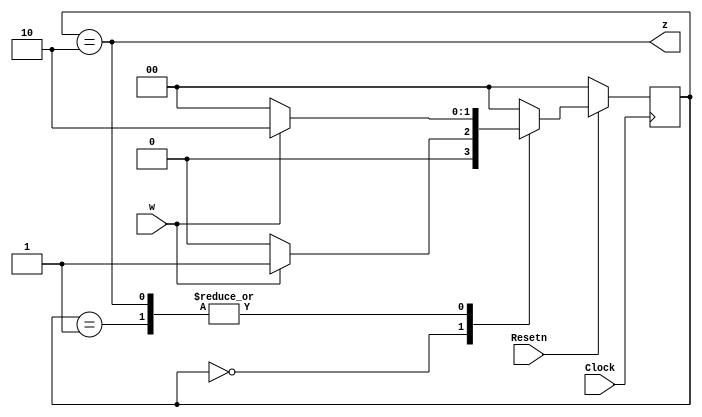
/* pg 468 - simple fsm.  Note modified to synchronous */

module bm_DL_simple_fsm (Clock, Resetn, w, z); 
  input Clock, Resetn, w; 
  output z; 
  reg [1:0] y, Y; 
  parameter [1:0] A = 2'b00, B = 2'b01, C = 2'b10; 

  // Define the next state combinational circuit 
  always @(w or y) 
    case (y) 
      A:  if (w)    Y = B; 
        else    Y = A; 
      B:  if (w)    Y = C; 
        else    Y = A; 
      C:  if (w)    Y = C; 
        else    Y = A; 
      default:      Y = 2'b00; 
    endcase 

  // Define the sequential block 
  always @(posedge Clock) 
    if (Resetn == 1'b0) y <= A; 
    else y <= Y; 

  // Define output 
  assign z = (y == C); 

endmodule